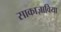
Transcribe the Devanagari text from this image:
साकाज़ाविया